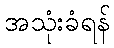
အသုံးခံရန်